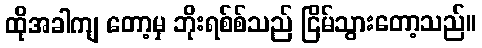
ထိုအခါကျ တော့မှ ဘိုးရစ်စ်သည် ငြိမ်သွားတော့သည်။